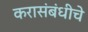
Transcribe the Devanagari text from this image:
करासंबंधीचे